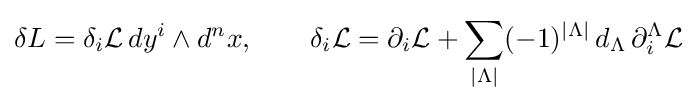
\delta L=\delta _{i}{\mathcal {L}}\,dy^{i}\wedge d^{n}x,\qquad \delta _{i}{\mathcal {L}}=\partial _{i}{\mathcal {L}}+\sum _{|\Lambda |}(-1)^{|\Lambda |}\,d_{\Lambda }\,\partial _{i}^{\Lambda }{\mathcal {L}}